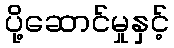
ပို့ဆောင်မှုနှင့်